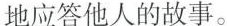
地应答他人的故事。